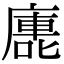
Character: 廤